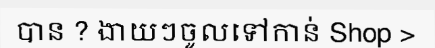
បាន ? ងាយៗចូលទៅកាន់ Shop >